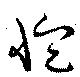
恤